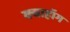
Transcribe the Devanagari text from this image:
क्वाहॉग